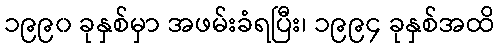
၁၉၉၀ ခုနှစ်မှာ အဖမ်းခံရပြီး၊ ၁၉၉၄ ခုနှစ်အထိ